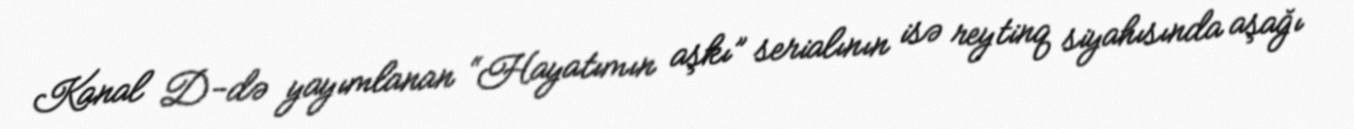
Kanal D-də yayımlanan “Hayatımın aşkı” serialının isə reytinq siyahısında aşağı